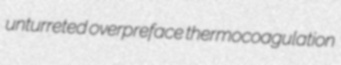
unturreted overpreface thermocoagulation